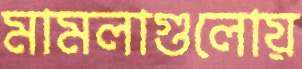
মামলাগুলোয়